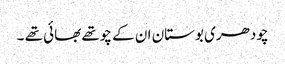
چودھری بوستان ان کے چوتھے بھائی تھے ۔